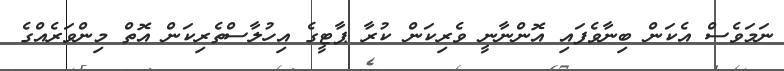
ނަމަވެސް އެކަން ބިނާވެފައި އޮންނާނީ ވެރިކަން ކުރާ ޕާޓީގެ އިހުލާސްތެރިކަން އޮތް މިންވަރެއްގެ